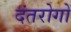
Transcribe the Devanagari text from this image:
दंतरोगों